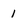
Character: 1